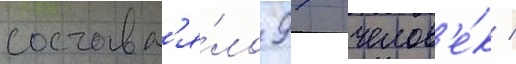
составл'я́ло 97 челов'е́к /